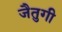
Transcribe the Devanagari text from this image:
जैतुगी